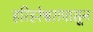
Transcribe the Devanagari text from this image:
हरिहरेश्वरापासून